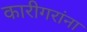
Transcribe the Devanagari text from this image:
कारीगरांना